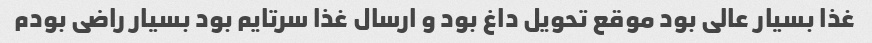
غذا بسیار عالی بود موقع تحویل داغ بود و ارسال غذا سرتایم بود بسیار راضی بودم